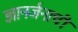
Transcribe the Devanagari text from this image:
ज्ञानर्जनाची